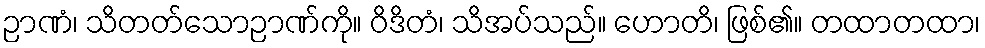
ဉာဏံ၊ သိတတ်သောဉာဏ်ကို။ ဝိဒိတံ၊ သိအပ်သည်။ ဟောတိ၊ ဖြစ်၏။ တထာတထာ၊